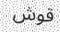
قوش